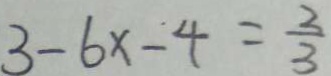
3 - 6 x \dot { - } 4 = \frac { 2 } { 3 }